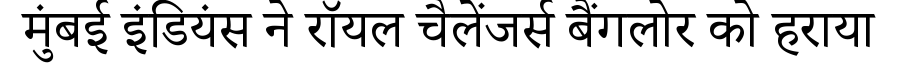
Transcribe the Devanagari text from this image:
मुंबई इंडियंस ने रॉयल चैलेंजर्स बैंगलोर को हराया